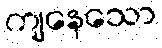
ကျနေသော